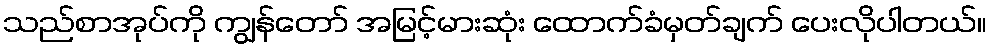
သည်စာအုပ်ကို ကျွန်တော် အမြင့်မားဆုံး ထောက်ခံမှတ်ချက် ပေးလိုပါတယ်။